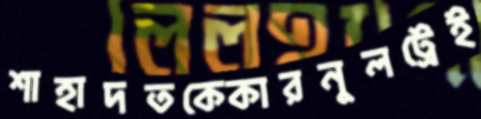
শাহাদতকেকারনুলট্রেই